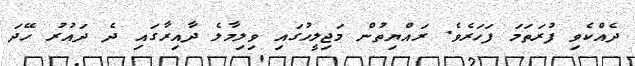
ދެއްކެވި ފުރަތަމަ ފަހަރެވެ. ރައްޔިތުން މަޖިލީހުގައި ވިލިމާލެ ދާއިރާގައި ދެ ދައުރު ހޭދަ